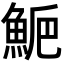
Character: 𩷁